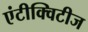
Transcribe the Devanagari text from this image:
एंटीक्विटीज